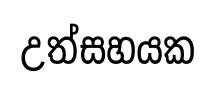
උත්සහයක